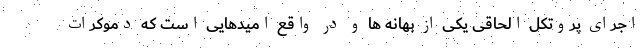
اجرای پروتکل الحاقی یکی از بهانه ها و در واقع امیدهایی است که دموکرات